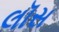
લૉસ